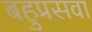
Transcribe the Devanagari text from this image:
बहुप्रसवा